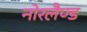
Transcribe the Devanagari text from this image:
नोरलैण्ड